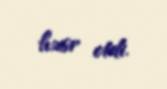
həsr etdi.